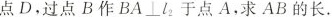
点D，过点B作 BA \bot l_{2} 于点A，求AB的长.